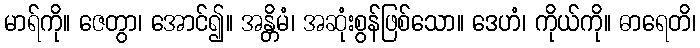
မာရ်ကို။ ဇေတွာ၊ အောင်၍။ အန္တိမံ၊ အဆုံးစွန်ဖြစ်သော။ ဒေဟံ၊ ကိုယ်ကို။ ဓာရေတိ၊